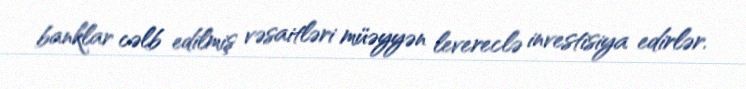
banklar cəlb edilmiş vəsaitləri müəyyən levereclə investisiya edirlər.